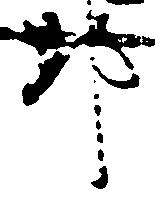
那